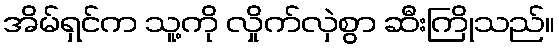
အိမ်ရှင်က သူ့ကို လှိုက်လှဲစွာ ဆီးကြိုသည်။